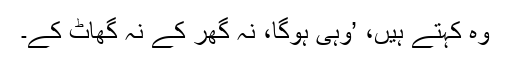
وہ کہتے ہیں، ’وہی ہوگا، نہ گھر کے نہ گھاٹ کے۔